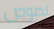
لصوص